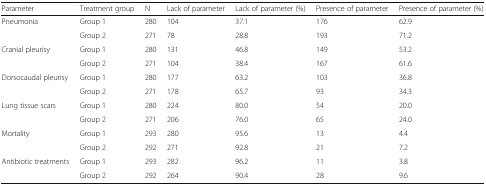
<table><thead><tr><td><b>Parameter</b></td><td><b>Treatment group</b></td><td><b>N</b></td><td><b>Lack of parameter</b></td><td><b>Lack of parameter (%)</b></td><td><b>Presence of parameter</b></td><td><b>Presence of parameter (%)</b></td></tr></thead><tbody><tr><td rowspan="2">Pneumonia</td><td>Group 1</td><td>280</td><td>104</td><td>37.1</td><td>176</td><td>62.9</td></tr><tr><td>Group 2</td><td>271</td><td>78</td><td>28.8</td><td>193</td><td>71.2</td></tr><tr><td rowspan="2">Cranial pleurisy</td><td>Group 1</td><td>280</td><td>131</td><td>46.8</td><td>149</td><td>53.2</td></tr><tr><td>Group 2</td><td>271</td><td>104</td><td>38.4</td><td>167</td><td>61.6</td></tr><tr><td rowspan="2">Dorsocaudal pleurisy</td><td>Group 1</td><td>280</td><td>177</td><td>63.2</td><td>103</td><td>36.8</td></tr><tr><td>Group 2</td><td>271</td><td>178</td><td>65.7</td><td>93</td><td>34.3</td></tr><tr><td rowspan="2">Lung tissue scars</td><td>Group 1</td><td>280</td><td>224</td><td>80.0</td><td>54</td><td>20.0</td></tr><tr><td>Group 2</td><td>271</td><td>206</td><td>76.0</td><td>65</td><td>24.0</td></tr><tr><td rowspan="2">Mortality</td><td>Group 1</td><td>293</td><td>280</td><td>95.6</td><td>13</td><td>4.4</td></tr><tr><td>Group 2</td><td>292</td><td>271</td><td>92.8</td><td>21</td><td>7.2</td></tr><tr><td rowspan="2">Antibiotic treatments</td><td>Group 1</td><td>293</td><td>282</td><td>96.2</td><td>11</td><td>3.8</td></tr><tr><td>Group 2</td><td>292</td><td>264</td><td>90.4</td><td>28</td><td>9.6</td></tr></tbody></table>